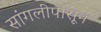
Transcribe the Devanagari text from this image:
सांगलीपासून